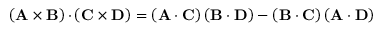
\mathbf { \left( A \times B \right) \cdot } \left( \mathbf { C } \times \mathbf { D } \right) = \left( \mathbf { A } \cdot \mathbf { C } \right) \left( \mathbf { B } \cdot \mathbf { D } \right) - \left( \mathbf { B } \cdot \mathbf { C } \right) \left( \mathbf { A } \cdot \mathbf { D } \right)